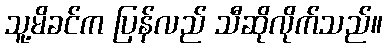
သူ့မိခင်က ပြန်လည် သီဆိုလိုက်သည်။